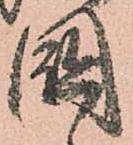
國